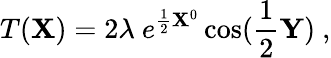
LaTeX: T({\mathbf X})=2\lambda~e^{{\frac{1}{2}}{\mathbf X}^{0}}\cos({\frac{1}{2}}{\mathbf Y})~,